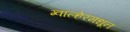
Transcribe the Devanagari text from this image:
ग्वाल्हेरमधून